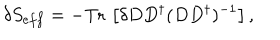
LaTeX: \delta S _ { e f f } = - \mathrm { T r } \, \left[ \delta D D ^ { \dagger } ( D D ^ { \dagger } ) ^ { - 1 } \right] ,